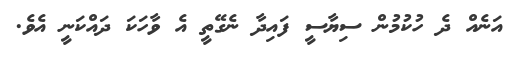
އަނެއް ދެ ހުކުމުން ސިޔާސީ ފައިދާ ނެގޭތީ އެ ވާހަކަ ދައްކަނީ އެވެ.